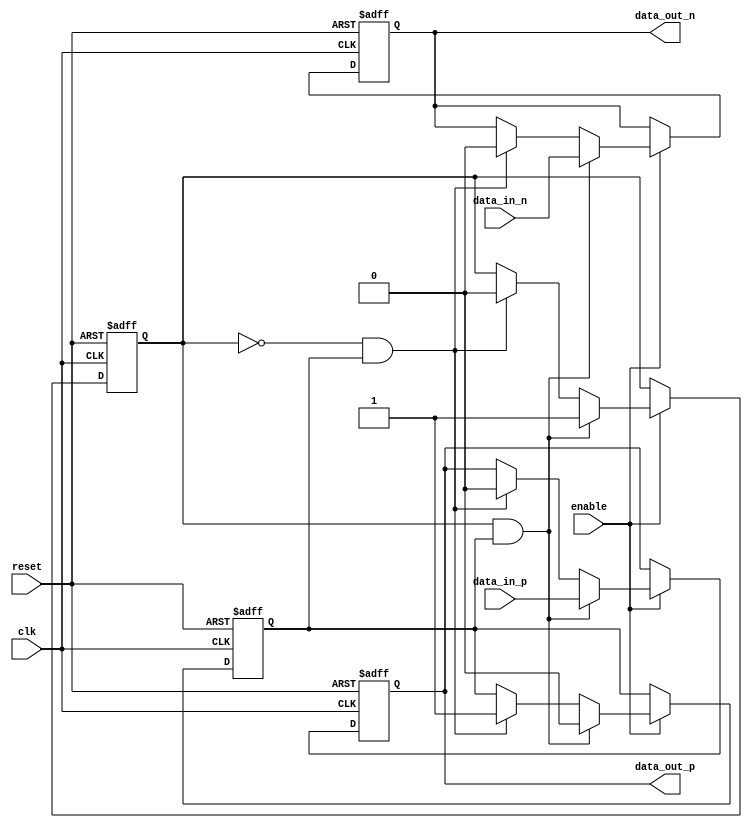
module differential_bidirectional_buffer (
    input                    clk,
    input                    reset,
    input                    enable,
    input                    data_in_p,
    input                    data_in_n,
    output                   data_out_p,
    output                   data_out_n
);

reg       driving_mode = 1'b0;
reg       receiving_mode = 1'b1;
reg       data_out_p, data_out_n;

always @ (posedge clk or posedge reset) begin
    if (reset) begin
        driving_mode <= 1'b0;
        receiving_mode <= 1'b1;
        data_out_p <= 1'b0;
        data_out_n <= 1'b0;
    end else if (enable) begin
        if (driving_mode && receiving_mode) begin
            // Switching to Driving mode
            driving_mode <= 1'b1;
            receiving_mode <= 1'b0;
            data_out_p <= data_in_p;
            data_out_n <= data_in_n;
        end else if (!driving_mode && receiving_mode) begin
            // Switching to Receiving mode
            driving_mode <= 1'b0;
            receiving_mode <= 1'b1;
            data_out_p <= 1'b0;
            data_out_n <= 1'b0;
        end
    end
end

endmodule